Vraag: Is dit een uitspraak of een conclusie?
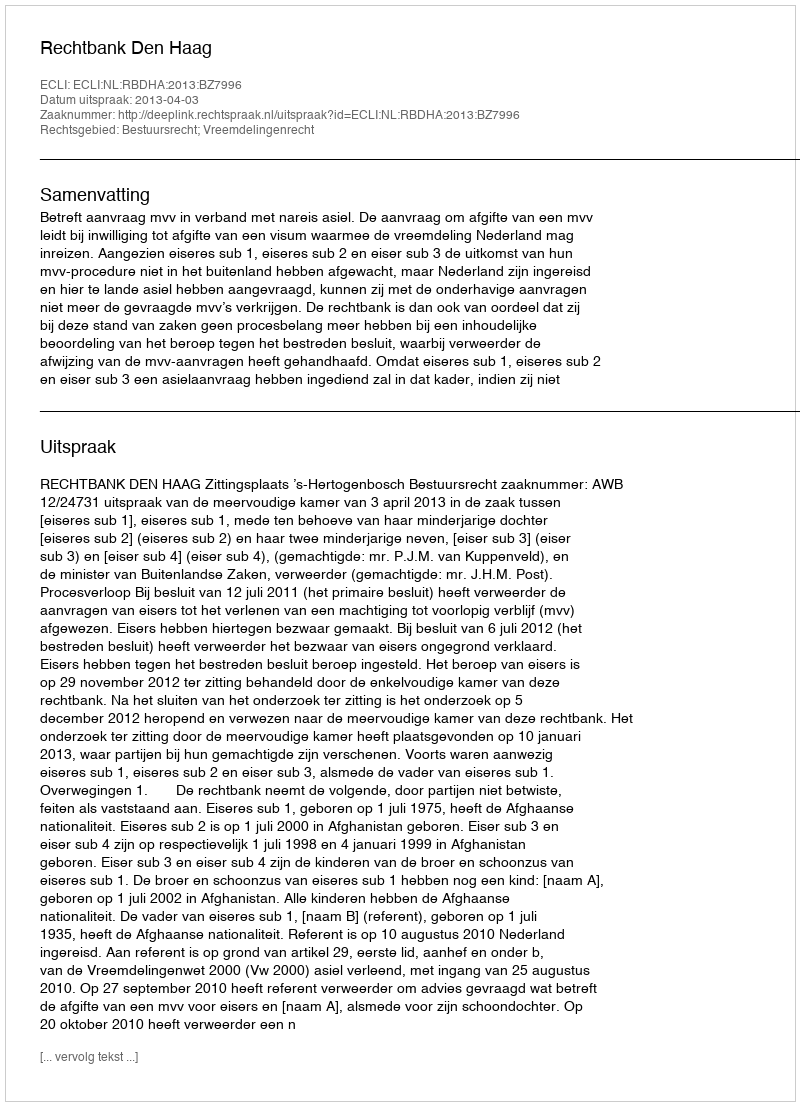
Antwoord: Uitspraak